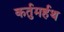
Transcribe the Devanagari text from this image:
कर्तुमर्हथ